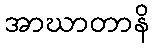
အာဃာတာနိ